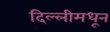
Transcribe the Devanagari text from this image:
दिल्लीमधून